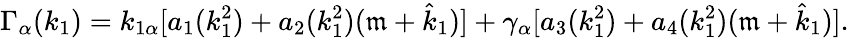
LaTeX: \Gamma_{\alpha}(k_{1})=k_{1\alpha}[a_{1}(k_{1}^{2})+a_{2}(k_{1}^{2})(\mathfrak{m}+\hat{{k}}_{1})]+\gamma_{\alpha}[a_{3}(k_{1}^{2})+a_{4}(k_{1}^{2})(\mathfrak{m}+\hat{{k}}_{1})].